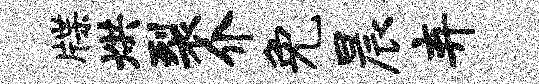
牒烘裂介免晨弃